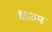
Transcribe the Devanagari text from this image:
॥॥उम